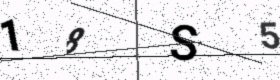
Text: 18S5